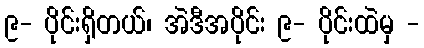
၉- ပိုင်းရှိတယ်၊ အဲဒီအပိုင်း ၉- ပိုင်းထဲမှ -